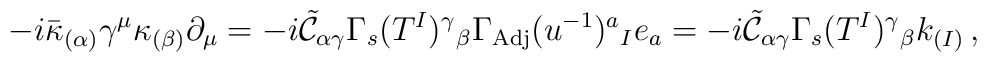
-i\bar{\kappa}_{(\alpha)}\gamma^{\mu}\kappa_{(\beta)}\partial_{\mu} = -i\tilde{\mathcal{C}}_{\alpha\gamma}  \Gamma_{s}(T^{I})^{\gamma}{}_{\beta} \Gamma_{\rm Adj}(u^{-1})^{a}{}_{I} e_{a} =  -i\tilde{\mathcal{C}}_{\alpha\gamma}  \Gamma_{s}(T^{I})^{\gamma}{}_{\beta}k_{(I)}\, ,